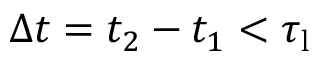
\Delta t = t _ { 2 } - t _ { 1 } < \tau _ { \mathrm { l } }